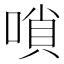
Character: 嗩